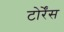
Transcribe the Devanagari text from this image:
टोर्रेंस